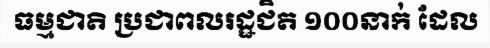
ធម្មជាតិ ប្រជាពលរដ្ឋជិត ១០០នាក់ ដែល